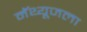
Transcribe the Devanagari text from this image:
मॅथ्यूजला